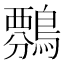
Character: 𪄏